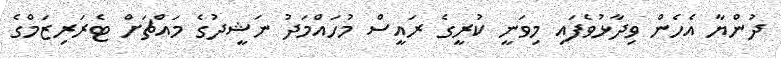
ދުންޔާ އެހެން ވިދާޅުވެފައި މިވަނީ ކުރީގެ ރައީސް މުހައްމަދު ނަޝީދުގެ މައްޗަށް ޓެރަރިޒަމްގެ